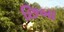
છિબા